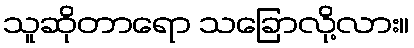
သူဆိုတာရော သခြောလို့လား။